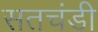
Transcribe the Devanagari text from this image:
सतचंडी